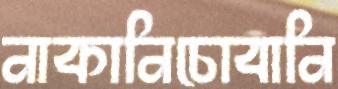
নাকানিচোবানি